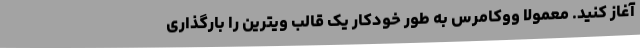
آغاز کنید. معمولاً ووکامرس به طور خودکار یک قالب ویترین را بارگذاری